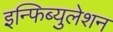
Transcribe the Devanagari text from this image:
इन्फिब्युलेशन